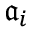
{ \mathfrak { a } } _ { i }